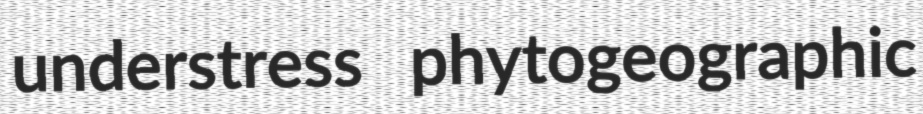
understress phytogeographic